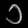
Digit: ၁